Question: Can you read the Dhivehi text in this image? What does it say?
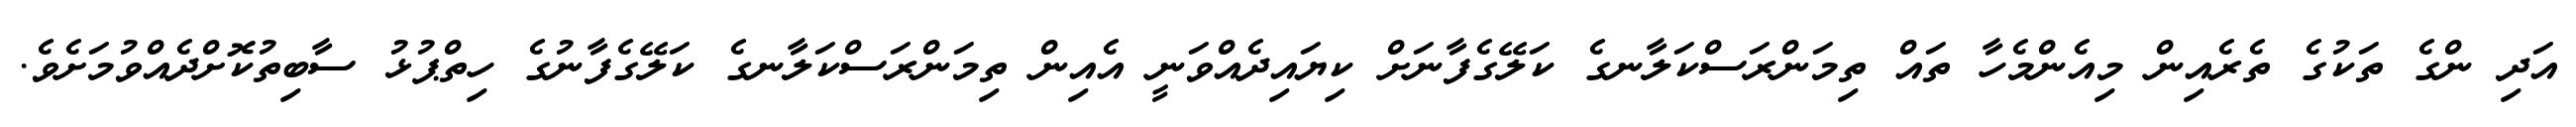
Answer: އަދި ންގެ ތަކުގެ ތެރެއިން މިއެންމެހާ ތައް ތިމަންރަސްކަލާނގެ ކަލޭގެފާނަށް ކިޔައިދެއްވަނީ އެއިން ތިމަންރަސްކަލާނގެ ކަލޭގެފާނުގެ ހިތްޕުޅު ސާބިތުކޮށްދެއްވުމަށެވެ.